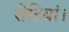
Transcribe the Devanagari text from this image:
रोटियां।